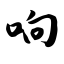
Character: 响